Leaving Certificate Examination (including Day School Certificate (Higher) General paper), 1926
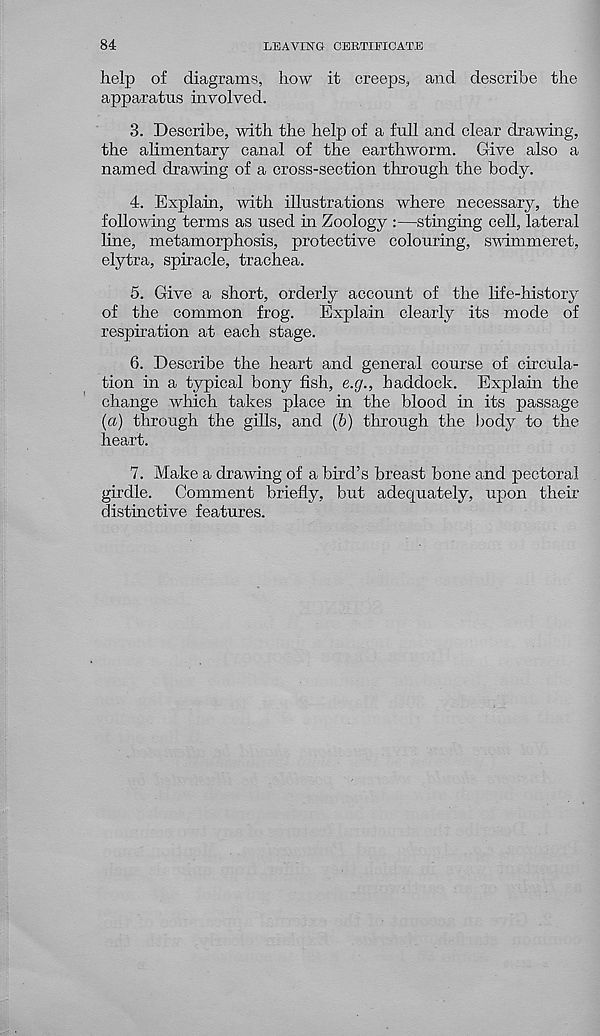
84
LEAVING CERTIFICATE
help of diagrams, how it creeps, and describe the
apparatus involved.
3. Describe, with the help of a full and clear drawing,
the alimentary canal of the earthworm. Give also a
named drawing of a cross-section through the body.
4. Explain, with, illustrations where necessary, the
following terms as used in Zoology :—stinging cell, lateral
line, metamorphosis, protective colouring, swimmeret,
elytra, spiracle, trachea.
5. Give a short, orderly account of the life-history
of the common frog.
Explain clearly its mode of
respiration at each stage.
6. Describe the heart and general course of circula-
tion in a typical bony fish, e.g., haddock. Explain the
change which takes place in the blood in its passage
(a) through the gills, and (b) through the body to the
heart.
7. Make a drawing of a bird’s breast bone and pectoral
girdle. Comment briefly, but adequately, upon their
distinctive features.